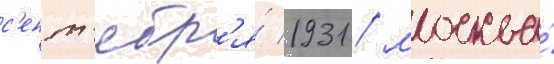
с'ент'ябр'я́ 1931 / москва́